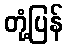
တုံ့ပြန်